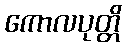
ကောလပုတ္တိ